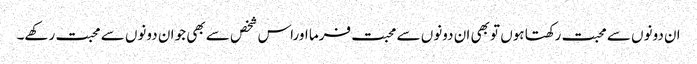
ان دونوں سے محبت رکھتا ہوں تو بھی ان دونوں سے محبت فرما اوراس شخص سے بھی جو ان دونوں سے محبت رکھے۔